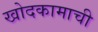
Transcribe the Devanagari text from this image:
खोदकामाची